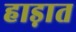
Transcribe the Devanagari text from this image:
हाड़ात